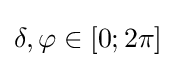
\delta ,\varphi \in [0;2\pi ]